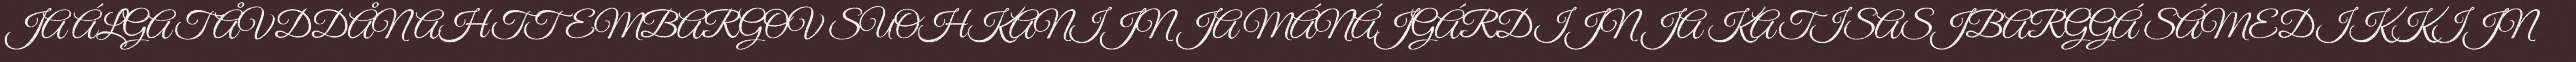
JA ÁLGAT ÅVDDÅNAHTTEMBARGOV SUOHKANIJN JA MÁNÁJGÁRDIJN JA KATISASJBARGGÁ SÁMEDIKKIJN